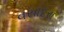
વસાદરા